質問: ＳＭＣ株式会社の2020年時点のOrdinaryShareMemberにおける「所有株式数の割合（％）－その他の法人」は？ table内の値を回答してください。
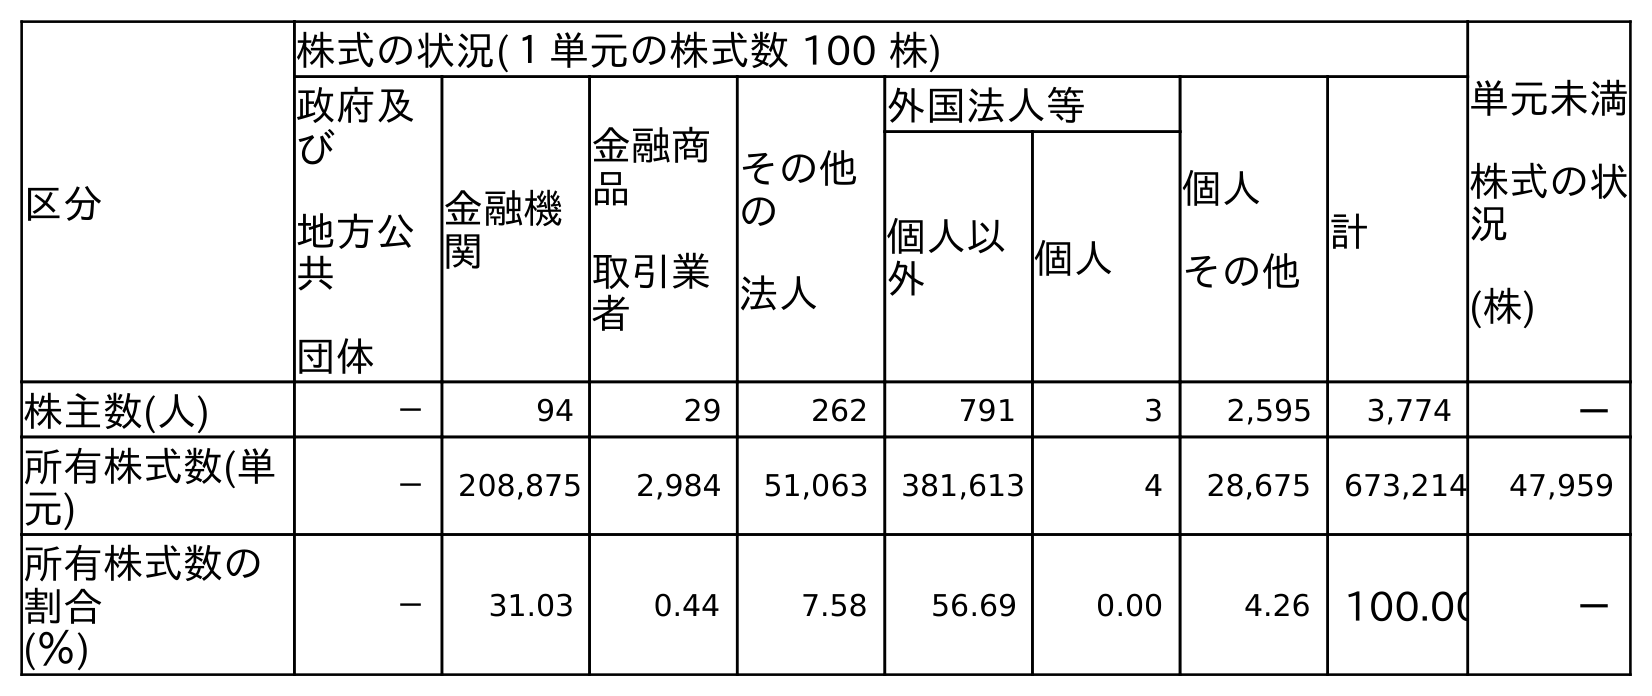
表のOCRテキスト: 区分 株式の状況(１単元の株式数 100 株) 単元未満 株式の状 況 (株) 政府及 び 地方公 共 団体 金融機 関 金融商 品 取引業 者 その他 の 法人 外国法人等 個人 その他 計 個人以 外 個人 株主数(人) － 94 29 262 791 3 2,595 3,774 － 所有株式数(単 元) － 208,875 2,984 51,063 381,613 4 28,675 673,214 47,959 所有株式数の 割合 (％) － 31.03 0.44 7.58 56.69 0.00 4.26 100.00 －
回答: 7.58